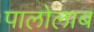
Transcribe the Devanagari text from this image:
पालोलाब